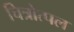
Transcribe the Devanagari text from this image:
चित्रोत्पल